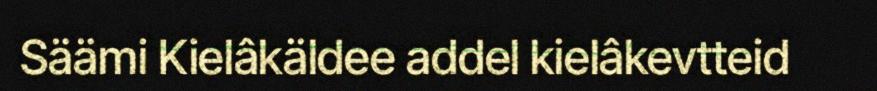
Säämi Kielâkäldee addel kielâkevtteid